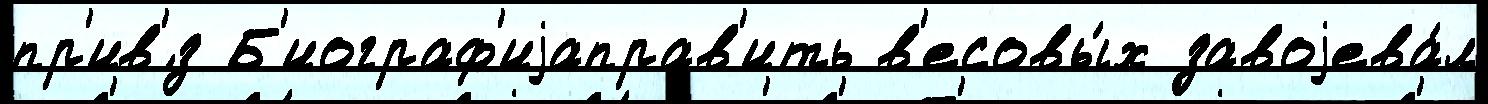
пр'ив'́з Б'иограф'иjаправ'ить в'есовы́х завоjева́л